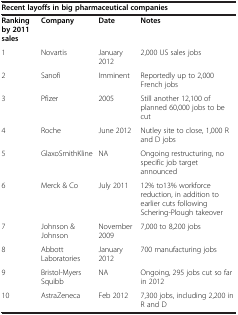
| <COLSPAN=4> Recent layoffs in big pharmaceutical companies |
 | --- | --- | --- | --- |
 | Ranking by 2011 sales | Company | Date | Notes |
 | 1 | Novartis | January 2012 | 2,000 US sales jobs |
 | 2 | Sanofi | Imminent | Reportedly up to 2,000 French jobs |
 | 3 | Pfizer | 2005 | Still another 12,100 of planned 60,000 jobs to be cut |
 | 4 | Roche | June 2012 | Nutley site to close, 1,000 R and D jobs |
 | 5 | GlaxoSmithKline | NA | Ongoing restructuring, no specific job target announced |
 | 6 | Merck & Co | July 2011 | 12% to13% workforce reduction, in addition to earlier cuts following Schering-Plough takeover |
 | 7 | Johnson & Johnson | November 2009 | 7,000 to 8,200 jobs |
 | 8 | Abbott Laboratories | January 2012 | 700 manufacturing jobs |
 | 9 | Bristol-Myers Squibb | NA | Ongoing, 295 jobs cut so far in 2012 |
 | 10 | AstraZeneca | Feb 2012 | 7,300 jobs, including 2,200 in R and D |